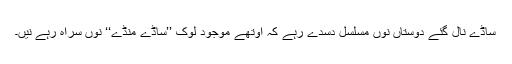
ساڈے نال گئے دوستاں نوں مسلسل دسدے رہے کہ اوتھے موجود لوک ’’ساڈے مُنڈے‘‘ نوں سراہ رہے نیں۔